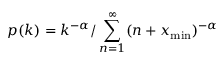
p ( k ) = k ^ { - \alpha } / \sum _ { n = 1 } ^ { \infty } ( n + x _ { \operatorname* { m i n } } ) ^ { - \alpha }